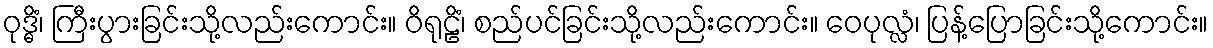
ဝုဒ္ဓိံ၊ ကြီးပွားခြင်းသို့လည်းကောင်း။ ဝိရုဠိံ၊ စည်ပင်ခြင်းသို့လည်းကောင်း။ ဝေပုလ္လံ၊ ပြန့်ပြောခြင်းသို့ကောင်း။